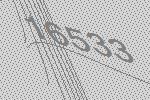
16533